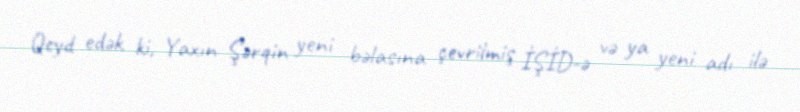
Qeyd edək ki, Yaxın Şərqin yeni bəlasına çevrilmiş İŞİD-ə və ya yeni adı ilə